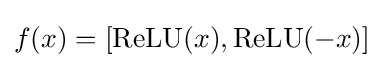
f(x)=[\operatorname {ReLU} (x),\operatorname {ReLU} (-x)]